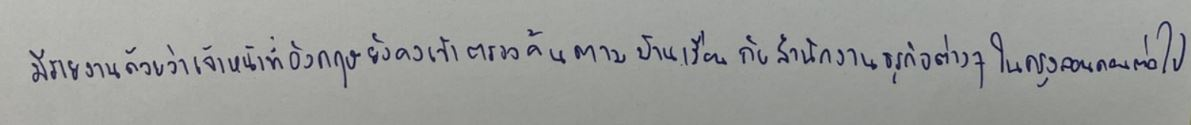
มีรายงานด้วยว่าเจ้าหน้าที่อังกฤษยังคงเข้าตรวจค้นตามบ้านเรือนกับสำนักงานธุรกิจต่างๆในกรุงลอนดอนต่อไป